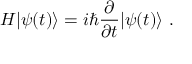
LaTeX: H | \psi ( t ) \rangle = i \hbar { \frac { \partial } { \partial t } } | \psi ( t ) \rangle ~ .